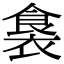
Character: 𮖛